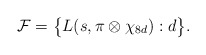
\begin{align*} \mathcal F = \big\{ L(s, \pi \otimes \chi_{8d}) : d \big\}.\end{align*}